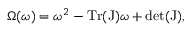
\Omega ( \omega ) = \omega ^ { 2 } - \mathrm { T r ( J ) } \omega + \mathrm { d e t ( J ) } ,